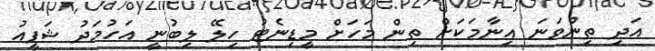
އަދި ތިންވަނަ އިނާމަކަށް ތިން މަހަށް މީޑިނެޓު ހިލޭ ލިބުނީ އަހުމަދު ޝަފީއު